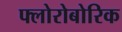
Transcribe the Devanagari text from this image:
फ्लोरोबोरिक